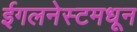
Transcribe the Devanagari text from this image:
ईगलनेस्टमधून